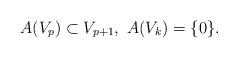
LaTeX: \begin{align*}A(V_p)\subset V_{p+1}, \ A(V_k)=\{0\}.\end{align*}